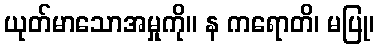
ယုတ်မာသောအမှုကို။ န ကရောတိ၊ မပြု၊